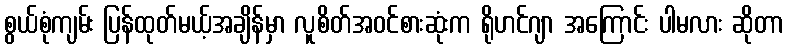
စွယ်စုံကျမ်း ပြန်ထုတ်မယ့်အချိန်မှာ လူစိတ်အဝင်စားဆုံးက ရိုဟင်ဂျာ အကြောင်း ပါမလား ဆိုတာ